Annual report on the lock hospitals of the Madras Presidency
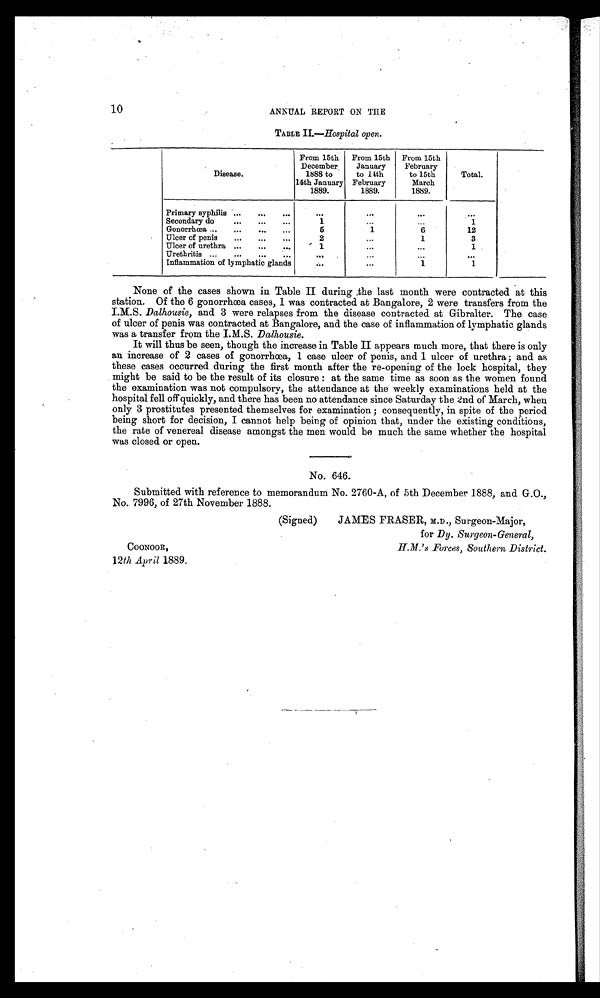
10
ANNUAL REPORT ON THE
TABLE II.—Hospital open.
Disease.
From 15th
December
1888 to
14th January
1889.
From 15th
January
to 1 4 t h F e b r u a r y
1889.
From 15th
February
to 15th
March
1889.
Total.
Primary syphilis ... ... ... ... ...
...
...
Secondary do
... ... ...
1
...
...
1
Gonorrhœa ... ... ... ...
5
1
6
12
Ulcer of penis ... ... ...
2
...
1
3
Ulcer of urethra ... ... ...
1
...
...
1
Urethritis ... ... ... ...
... ...
. . .
...
Inflammation of lymphatic glands
...
...
1
1
None of the cases shown in Table II during .the last month were contracted at this
station. Of the 6 gonorrhœa cases, 1 was contracted at Bangalore, 2 were transfers from the
I.M.S. Dalhousie, and 3 were relapses from the disease contracted at Gibralter. The case
of ulcer of penis was contracted at Bangalore, and the case of inflammation of lymphatic glands
was a transfer from the I.M.S. Dalhousie.
It will thus be seen, though the increase in Table II appears much more, that there is only
an increase of 2 cases of gonorrhœa, 1 case ulcer of penis, and 1 ulcer of urethra; and as
these cases occurred during the first month after the re-opening of the lock hospital, they
might be said to be the result of its closure: at the same time as soon as the women found
the examination was not compulsory, the attendance at the weekly examinations held at the
hospital fell off quickly, and there has been no attendance since Saturday the 2nd of March, when
only 3 prostitutes presented themselves for examination; consequently, in spite of the period
being short for decision, I cannot help being of opinion that, under the existing conditions,
the rate of venereal disease amongst the men would be much the same whether the hospital
was closed or open.
No. 646.
Submitted with reference to memorandum No. 2760-A, of 5th December 1888, and G.O.,
No 7996 of 27th November 1888.
COONOOR,
12th April 1889.
(Signed)
JAMES FRASER, M.D., Surgeon-Major,
for Dy. Surgeon-General,
H.M.'s Forces, Southern District.